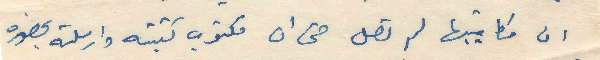
ان مكاتيبها لم تصل حتى ان مكتوب كتبته وارسلته بحضوره